Problem: 6 + 11 = ?
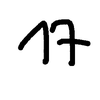
Handwritten answer: 17